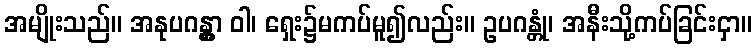
အမျိုးသည်။ အနုပဂန္တွာ ဝါ၊ ရှေး၌မကပ်မူ၍လည်း။ ဥပဂန္တုံ၊ အနီးသို့ကပ်ခြင်းငှာ။